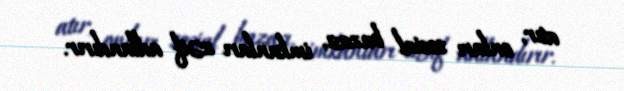
atır, onları sosial bazası, imkanları zəif adlandırır.